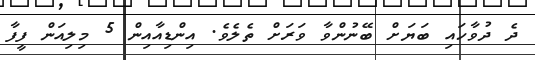
ދެ ދުވާހައި ބަޔަށް ބޭނުންވާ ވަރަށް ތެލެވެ. އިންޑިއާއިން 5 މިލިއަން ފީފާ